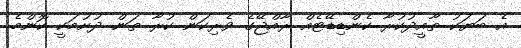
އެ ބަޔަކު ތާއީދުކުރާ ކެންޑިޑޭޓެއް ރާއްޖޭގެ ވެރިކަން ކުރާ ތަން ދުށުމަކީ ކޮންމެ